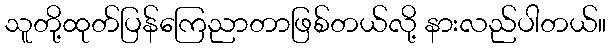
သူတို့ထုတ်ပြန်ကြေညာတာဖြစ်တယ်လို့ နားလည်ပါတယ်။